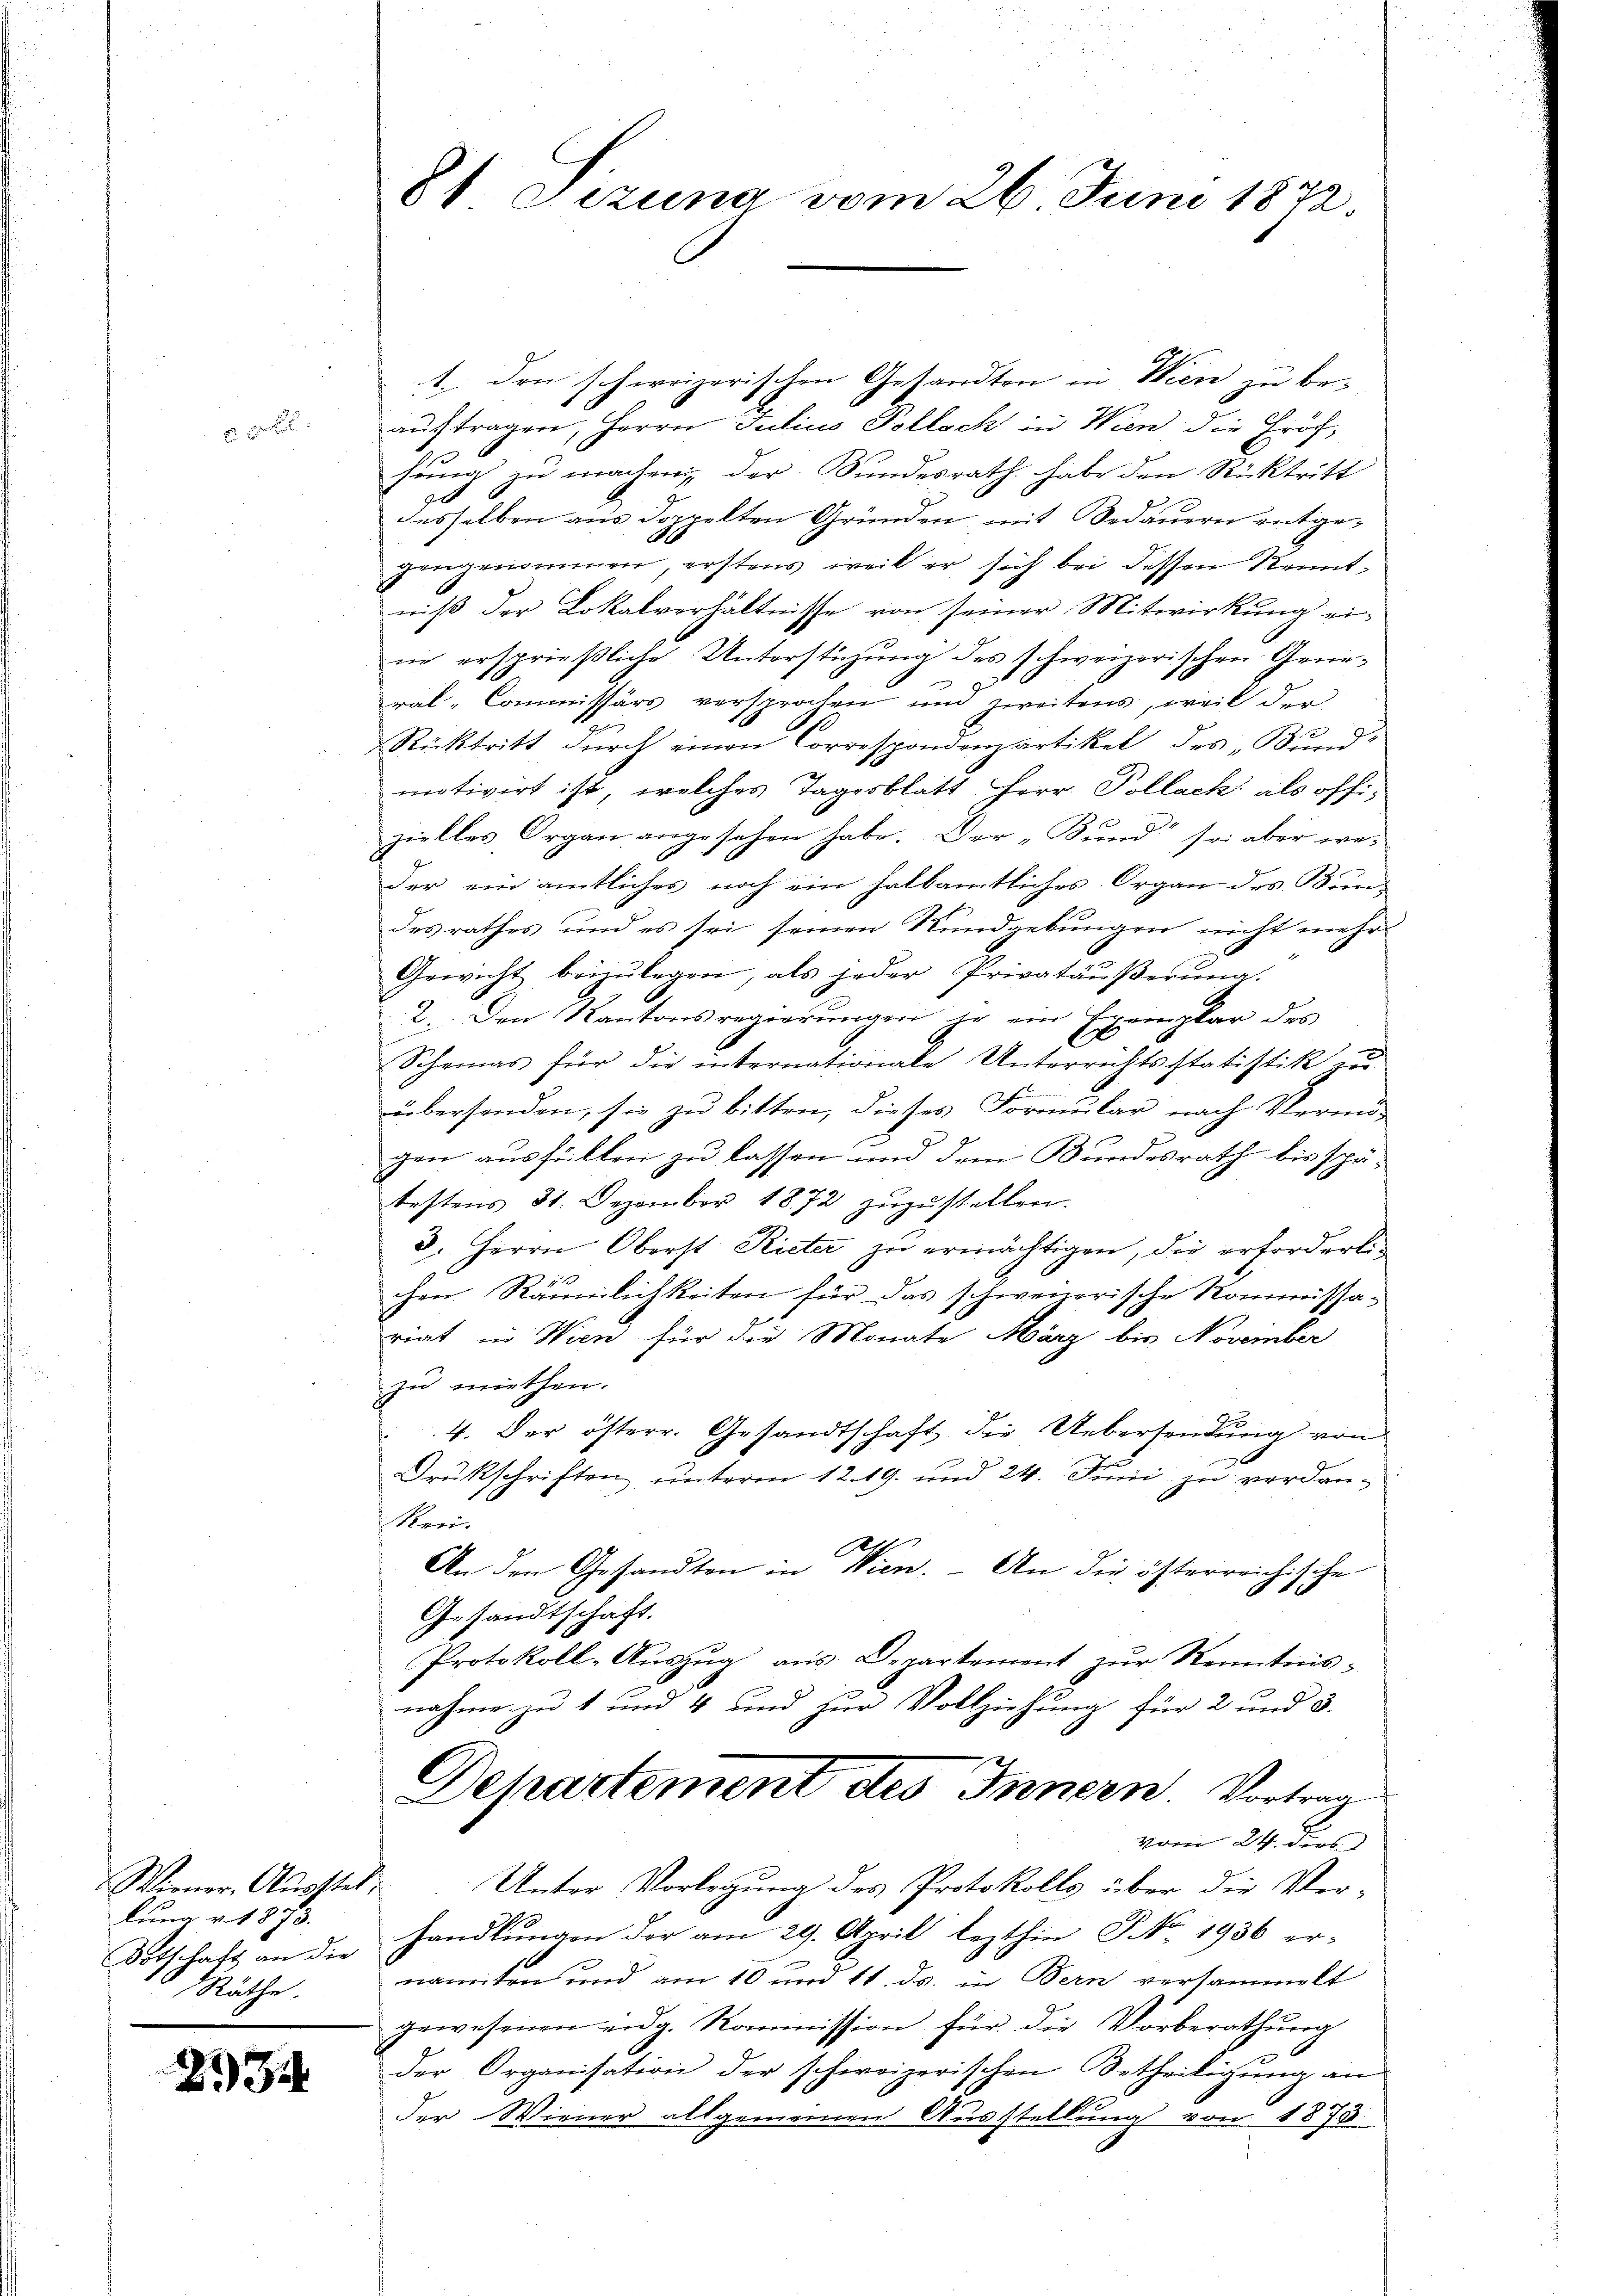
A

Wiener-Ausstel
lung v. 1873.
Räthe.

234

1. den schweizerischen Gesandten in Wien zu be-
auftragen, Herrn Julius Polloch in Wien die Fröhhung zu machen, der Bundesrath habe den Rücktritt
90
desselben aus doppelten Gründen, mit Bedauern entge-
gengenommen, erstens weil er sich bei dessen Kenntniß der Lokalverhältnisse von seiner Mitwirkung eine ersprießliche Unterstüzung des schweizerischen General-Commissärs versprochen und zweitens, weil der
Rücktritt durch einen Correspondenpartikel des „Bundmotivirt ist, welches Tagesblatt Herr Pollack als offizielles Organ angesehen habe. Der „Bund“ sei aber we-
der ein amtliches noch ein halbamtliches Organ des Bund
desrathes und es sei seinen Rundgebungen nicht mehr
Gewicht bräulegen, als jeder Privatäußerung.
2. Den Kantonsregierungen je ein Exemplar des
Scheinas für die internationale Unterrichtsstatistik zŭ
übersenden, sie zu bitten, dieses Formular nach Vermög
gen ausfüllen zu lassen und dem Bundesrath bis spätestens 31. Dezember 1872 zŭzŭstellen.
3. Herrn Oberst Rieter zŭ ermächtigen, die erforderli-
chen Räumlichkeiten für das schweizerische Kommissa-
riat in Wien für die Monate März bis November
zu miethen.
4. Der österr. Gesandtschaft die Uebersendung von
Drukschriften unterm 12. 19. und 24. Juni zu verdan¬
Rei.
.
An den Gesandten in Wien. An die österreichische
Gesandtschaft.
Protokoll-Aŭszŭg aŭs Departement zŭr Kenntnis-
nahme zu 1 und 4 und zur Vollziehung für 2 und 3.
Dehartement des Innern. Vortrag
Vom 24. ders
Unter Vorlegung des Protokolls über die Ver-
Botschaft an die Handlungen der am 29. April lezthin No. 1936 er-
namten und am 10 und 11. ds. in Bern versammelt
gewesenen eidg. Kommission für die Vorberathung
der Organisation der schweizerischen Aetheiligung an
der Wiener allgemeinen Ausstellung von 1873

81 Sizung vom 26. Juni 1872.